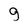
Character: g